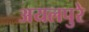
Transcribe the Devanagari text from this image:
अयलपुरे